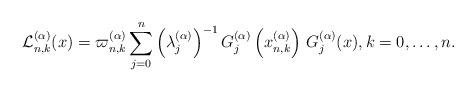
LaTeX: \begin{align*}\mathcal{L} _{n,k}^{(\alpha )}(x) = \varpi _{n,k}^{(\alpha )}\sum\limits_{j = 0}^n {{{\left( {\lambda _{j}^{(\alpha )}} \right)}^{ - 1}}\,G_{j}^{(\alpha )}\left(x_{n,k}^{(\alpha )}\right)\,G_{j}^{(\alpha )}(x)} ,k = 0, \ldots ,n.\end{align*}